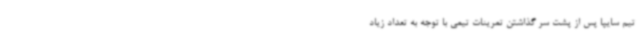
تیم سایپا پس از پشت سر گذاشتن تمرینات تیمی با توجه به تعداد زیاد